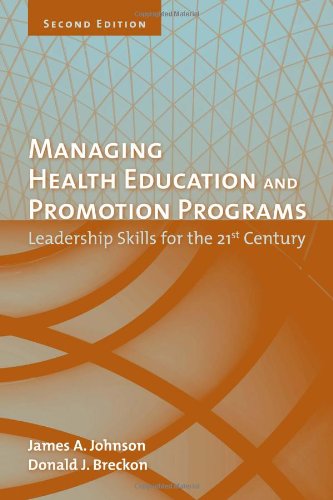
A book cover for Managing Health Education And Promotion Programs: Leadership Skills For The 21St Century; James A. Johnson; Medical Books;